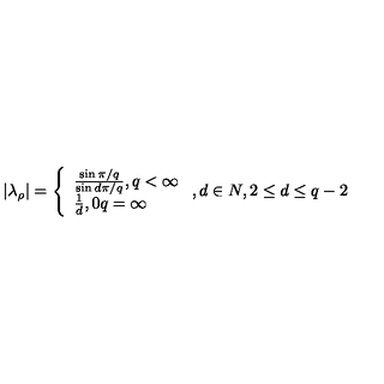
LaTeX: \left| \lambda _ { \rho } \right| = \left\{ \begin{array} { l } { \frac { \sin \pi / q } { \sin d \pi / q } , q < \infty } \\ { \frac { 1 } { d } , 0 q = \infty } \\ \end{array} \right. , d \in N , 2 \leq d \leq q - 2